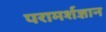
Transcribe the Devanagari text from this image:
परामर्शज्ञान